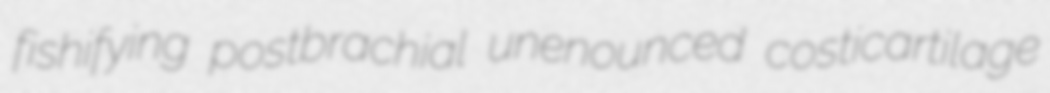
fishifying postbrachial unenounced costicartilage